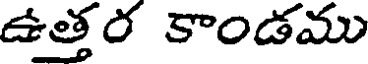
ఉత్తర కాండము